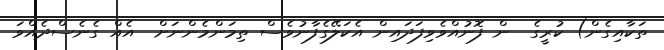
ތަކާއިގެން) ކުރީގެ  ން ފޮނުއްވެވިފަދައިން އެކަލޭގެފާނުވެސް ތިމަންމެންނަށް  އެއް ގެނެސްދެއްވަ